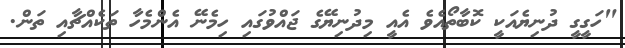
"ހަގީގީ ދުނިޔެއަކީ ކޮބާތޯއެވެ އެއީ މިދުނިޔޭގެ ޖައްވުގައި ހިމެނޭ އެންމެހާ ތަކެއްޗާއި ތަން.